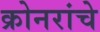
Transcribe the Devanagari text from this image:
क्रोनरांचे